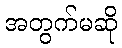
အတွက်မဆို